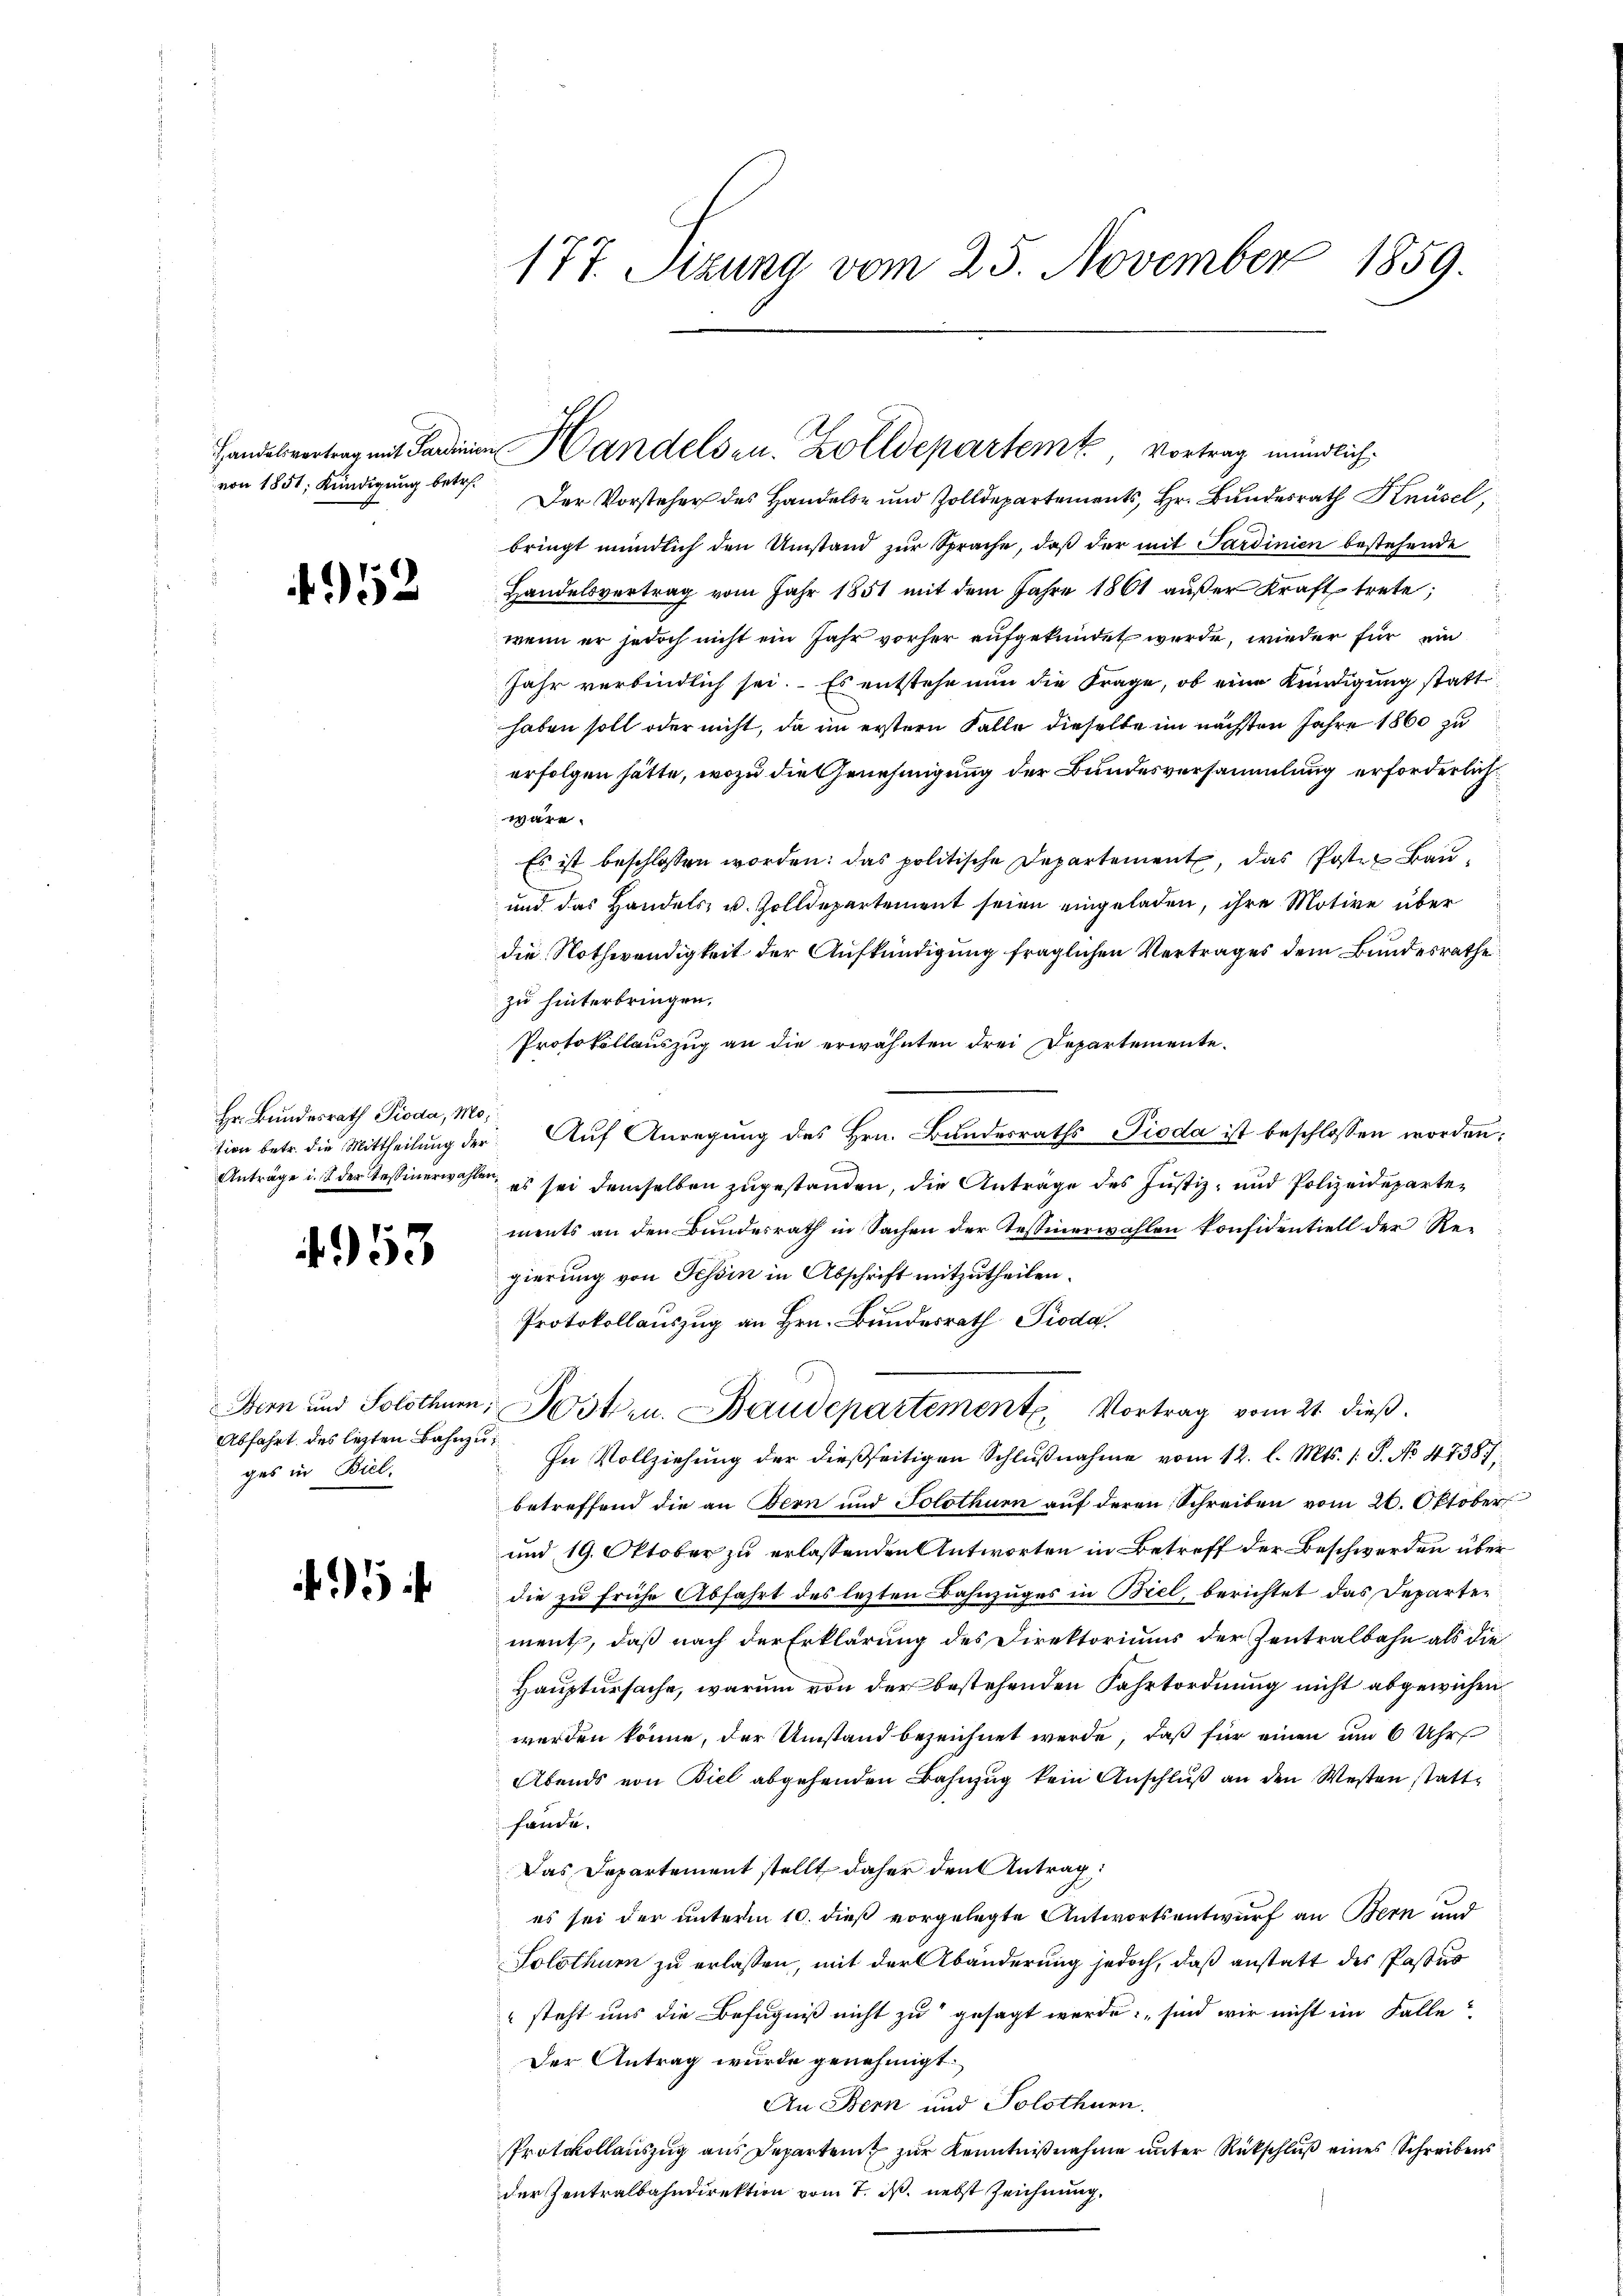
von 1851; Kündigung betr.

2

Hr. Bundesrath Pioda, Mo¬

4953

Abfahrt des lezten Bahnzuges in Biel,

177. Sizung vom 25. November 1859.

Der Vorsteher des Handels- und Zolldepartements, Hr. Bundesrath Knüse
bringt mündlich den Umstand zur Sprache, daß der mit Sardinien bestehende
Handelsvertrag vom Jahr 1851 mit dem Jahre 1861 aŭβer Kraft trete;
wenn er jedoch nicht ein Jahr vorher aufgekündet wurde, wieder für ein
Jahr verbindlich sei. Es entstehe nun die Frage, ob eine Kündigung statt
haben soll oder nicht, da im erstern Falle dieselbe im nächsten Jahre 1860 zu
erfolgen hätte, wozu die Genehmigung der Bundesversammlung erforderlich
wäre.
Es ist beschlossen worden: das politische Departement, das Poster Bau¬
und das Handels- u. Zolldepartement seien eingeladen, ihre Motive über
die Nothwendigkeit der Aufkündigung fraglichen Vertrages dem Bundesrathe
zu hinterbringen,
Protokollauszug an die erwähnten drei Departemente.
sion betr. die Mittheilŭng der Aŭf Anregŭng des Hrn. Bŭndesraths Pioda ist beschlossen worden;
Anträge u. 1 der Tessinerwahlen, es sei demselben zugestanden, die Anträge des Justiz- und Polizeidepartements an den Bundesrath in Sachen der Tessinerwahlen konfidentiell der Regierung von Tessin in Abschrift mitzutheilen.
Protokollauszug an Hrn. Bundesrath Pioda
Bern und Solothurn, Jostern. Baudepartemente Vortrag vom 21. dieß.
In Vollziehung der dießseitigen Schlußnahme vom 12. l. Mts. 1. P. No 47381;
betreffend die an Bern und Solothur auf deren Schreiben vom 20. Oktober
und 19. Oktober zu erlassenden Antworten in Betreff der Beschwerden über
die zu frühe Abfahrt des lezten Bahnzuges in Biel, berichtet das Departement, daß nach der Erklärung des Direktoriums der Zentralbahn als die
Hauptursache, warum von der bestehenden Fahrtordnung nicht abgewichen
werden könne, der Umstand bezeichnet werde, daß für einen um 6 Uhr
Abends von Biel abgehenden Bahnzug kein Anschluß an den Westen statt¬
Harde.
Das Departement stellt daher den Antrag:
es sei der unterm 10. dieß vorgelegte Antwortsentwurf an Bern und
Solothurn zu erlassen, mit der Abänderung jedoch, daß anstatt des Paster
" steht uns die Befugniß nicht zu gesagt werde, sind wir nicht im Falle
Der Antrag wurde genehmigt.
An Bern und Solothurn.
Protokollauszug aus Departen zur Kenntnißnahme unter Rückschluß eines Schreibens
der Zentralbahndirektion vom 7. ds. nebst Zeichnung,

Handelsvertrag mit Sardinien Handelsen. Zolldepartem Vortrag mündlich